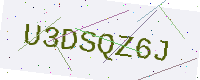
Text: U3DSQZ6J